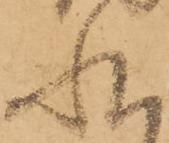
状